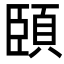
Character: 頣